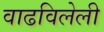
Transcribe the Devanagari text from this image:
वाढविलेली